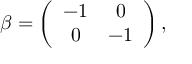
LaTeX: \beta = \left( \begin{array} { c c } { { - 1 } } & { { 0 } } \\ { { 0 } } & { { - 1 } } \end{array} \right) ,